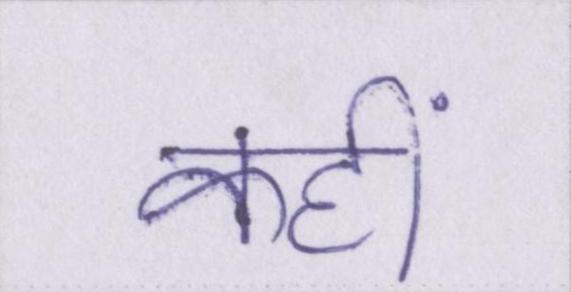
कहीं